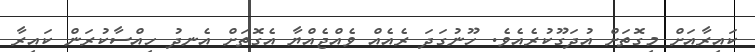
ކައިރާއަށް މިގޮތަށް އުދަގޫކުރެއެވެ. ހޫނުގަދަ ރެއެއް ވެއްޖެއްޔާ އެގޮތަށް އެނދު ހިއްސާކުރަން ކައިރާ